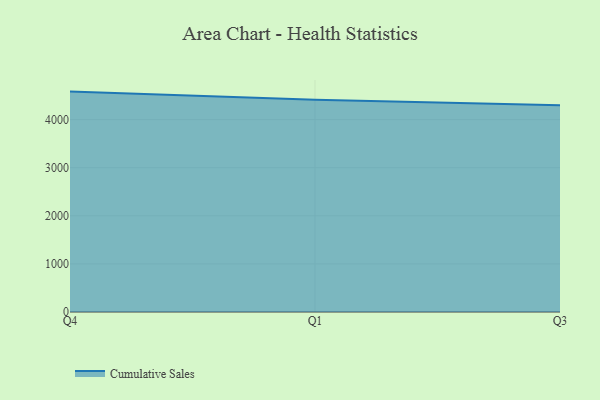
{"axis": {"x": "Quarter", "y": "Revenue (USD Million)"}, "legend": ["Cumulative Sales"], "data": [{"x": "Q4", "y": 4581.9, "type": "Cumulative Sales"}, {"x": "Q1", "y": 4410.1, "type": "Cumulative Sales"}, {"x": "Q3", "y": 4299.2, "type": "Cumulative Sales"}]}